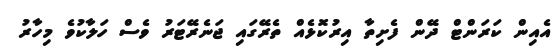
އެއިން ކަރަންޓް ދޭން ފެށިތާ އިރުކޮޅެއް ތެރޭގައި ޖަނެރޭޓަރު ވެސް ހަލާކުވެ މިހާރު